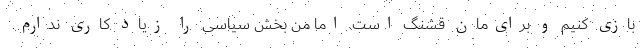
بازی کنیم و برای‌مان قشنگ است. اما من بخش سیاسی را زیاد کاری ندارم.